Lunatic asylums Central Provinces reports 1895-1909 - 1895-1909
Year: 1895
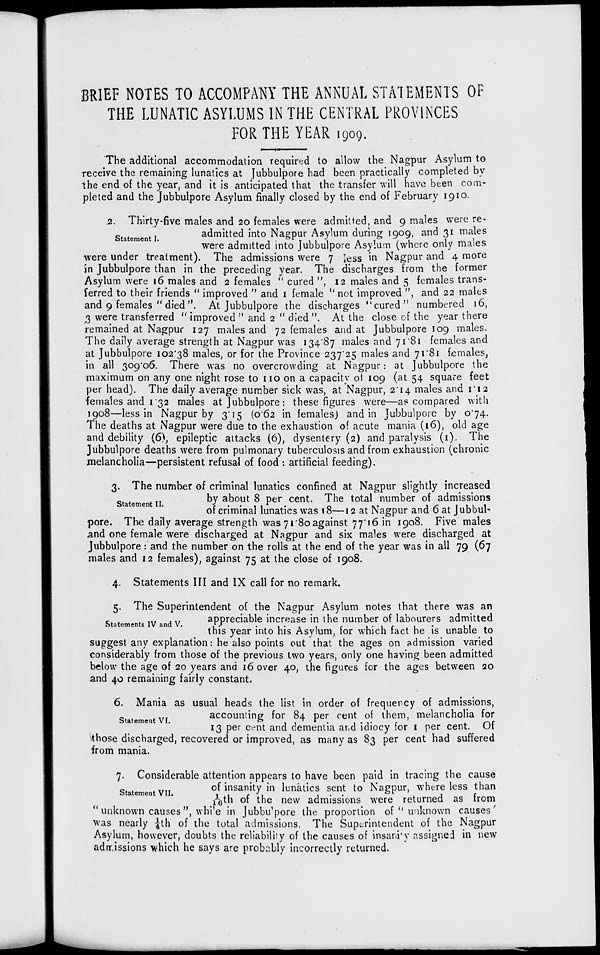
BRIEF NOTES TO ACCOMPANY THE ANNUAL STATEMENTS OF
THE LUNATIC ASYLUMS IN THE CENTRAL PROVINCES
FOR THE YEAR 1909.
The additional accommodation required to allow the Nagpur Asylum to
receive the remaining lunatics at Jubbulpore had been practically completed by
the end of the year, and it is anticipated that the transfer will have been com-
pleted and the Jubbulpore Asylum finally closed by the end of February 1910.
Statement I.
2. Thirty-five males and 20 females were admitted, and 9 males were re-
admitted into Nagpur Asylum during 1909, and 31 males
were admitted into Jubbulpore Asylum (where only males
were under treatment). The admissions were 7 less in Nagpur and 4 more
in Jubbulpore than in the preceding year. The discharges from the former
Asylum were 16 males and 2 females "cured", 12 males and 5 females trans-
ferred to their friends "improved "and 1 female "not improved", and 22 males
and 9 females " died ". At Jubbulpore the discharges "cured" numbered 16,
3 were transferred " improved " and 2 " died ". At the close of the year there
remained at Nagpur 127 males and 72 females and at Jubbulpore 109 males.
The daily average strength at Nagpur was 134.87 males and 71.81 females and
at Jubbulpore 102.38 males, or for the Province 237.25 males and 71.81 females,
in all 309.06. There was no overcrowding at Nagpur: at Jubbulpore the
maximum on any one night rose to 110 on a capacity ot 109 (at 54 square feet
per head). The daily average number sick was, at Nagpur, 2.14 males and 1.12
females and 1.32 males at Jubbulpore: these figures were—as compared with
1908—less in Nagpur by 3.15 (0.62 in females) and in Jubbulpore by 0.74.
The deaths at Nagpur were due to the exhaustion of acute mania (16), old age
and debility (6), epileptic attacks (6), dysentery (2) and paralysis (1). The
Jubbulpore deaths were from pulmonary tuberculosis and from exhaustion (chronic
melancholia—persistent refusal of food : artificial feeding).
Statement II.
3. The number of criminal lunatics confined at Nagpur slightly increased
by about 8 per cent. The total number of admissions
of criminal lunatics was 18—12 at Nagpur and 6 at Jubbul-
pore. The daily average strength was 71.80 against 77.16 in 1908. Five males
and one female were discharged at Nagpur and six males were discharged at
Jubbulpore: and the number on the rolls at the end of the year was in all 79 (67
males and 12 females), against 75 at the close of 1908.
4. Statements III and IX call for no remark.
Statements IV and V.
5. The Superintendent of the Nagpur Asylum notes that there was an
appreciable increase in the number of labourers admitted
this year into his Asylum, for which fact he is unable to
suggest any explanation: he also points out that the ages on admission varied
considerably from those of the previous two years, only one having been admitted
below the age of 20 years and 16 over 40, the figures for the ages between 20
and 40 remaining fairly constant.
Statement VI.
6. Mania as usual heads the list in order of frequency of admissions,
accounting for 84 per cent of them, melancholia for
13 per cent and dementia and idiocy for 1 per cent. Of
those discharged, recovered or improved, as many as 83 per cent had suffered
from mania.
Statement VII.
7. Considerable attention appears to have been paid in tracing the cause
of insanity in lunatics sent to Nagpur, where less than
1/16th of the new admissions were returned as from
"unknown causes", while in Jubbu'pore the proportion of "unknown causes'
was nearly ¼th of the total admissions. The Superintendent of the Nagpur
Asylum, however, doubts the reliability of the causes of insanity assigned in new
admissions which he says are probably incorrectly returned.